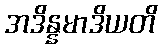
အဒိန္နမာဒိယတိ